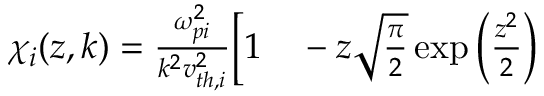
\begin{array} { r l } { \chi _ { i } ( z , k ) = \frac { \omega _ { p i } ^ { 2 } } { k ^ { 2 } v _ { t h , i } ^ { 2 } } \bigg [ 1 } & { { } - z \sqrt { \frac { \pi } { 2 } } \exp \left( \frac { z ^ { 2 } } { 2 } \right) } \end{array}